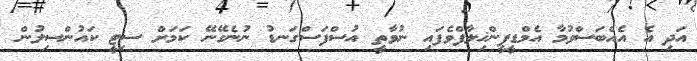
އަދި އެ އެއްބަސްވުމާ އެމްޑީޕީންޚިލާފްވެފައި ނުވާތީ އުސްފަސްގަނޑު ނުނެގޭނޭ ކަމަށް ސިޓީ ކައުންސިލުން